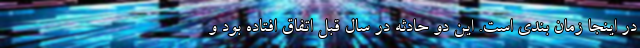
در اینجا زمان بندی است. این دو حادثه در سال قبل اتفاق افتاده بود و